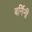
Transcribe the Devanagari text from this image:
बर्निनी